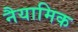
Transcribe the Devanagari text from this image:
नैयामिक